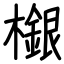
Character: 檭